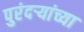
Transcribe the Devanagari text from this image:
पुरंदऱ्यांच्या